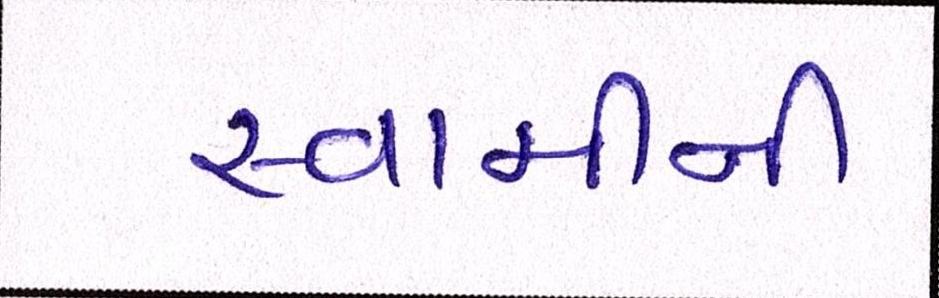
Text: સ્વામીની